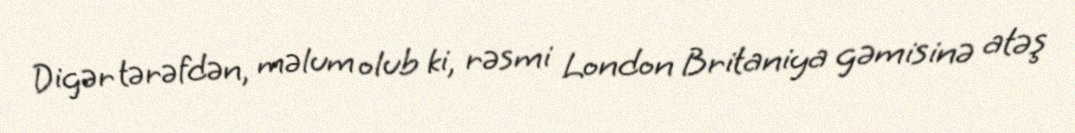
Digər tərəfdən, məlum olub ki, rəsmi London Britaniya gəmisinə atəş